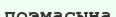
поэмасына